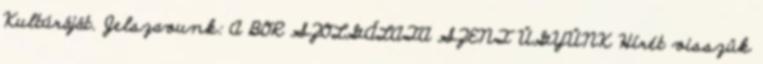
Kultúráját. Jelszavunk: A BOR SZOLGÁLATA SZENT ÜGYÜNK Hírét visszük